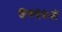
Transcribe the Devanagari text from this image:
१८५७में